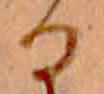
る